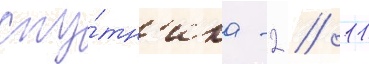
спу́тн'ика -2 // 11